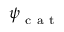
\boldsymbol \psi _ { \mathrm { ~ c ~ a ~ t ~ } }